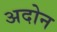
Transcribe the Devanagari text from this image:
अदोन